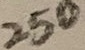
Text: 250